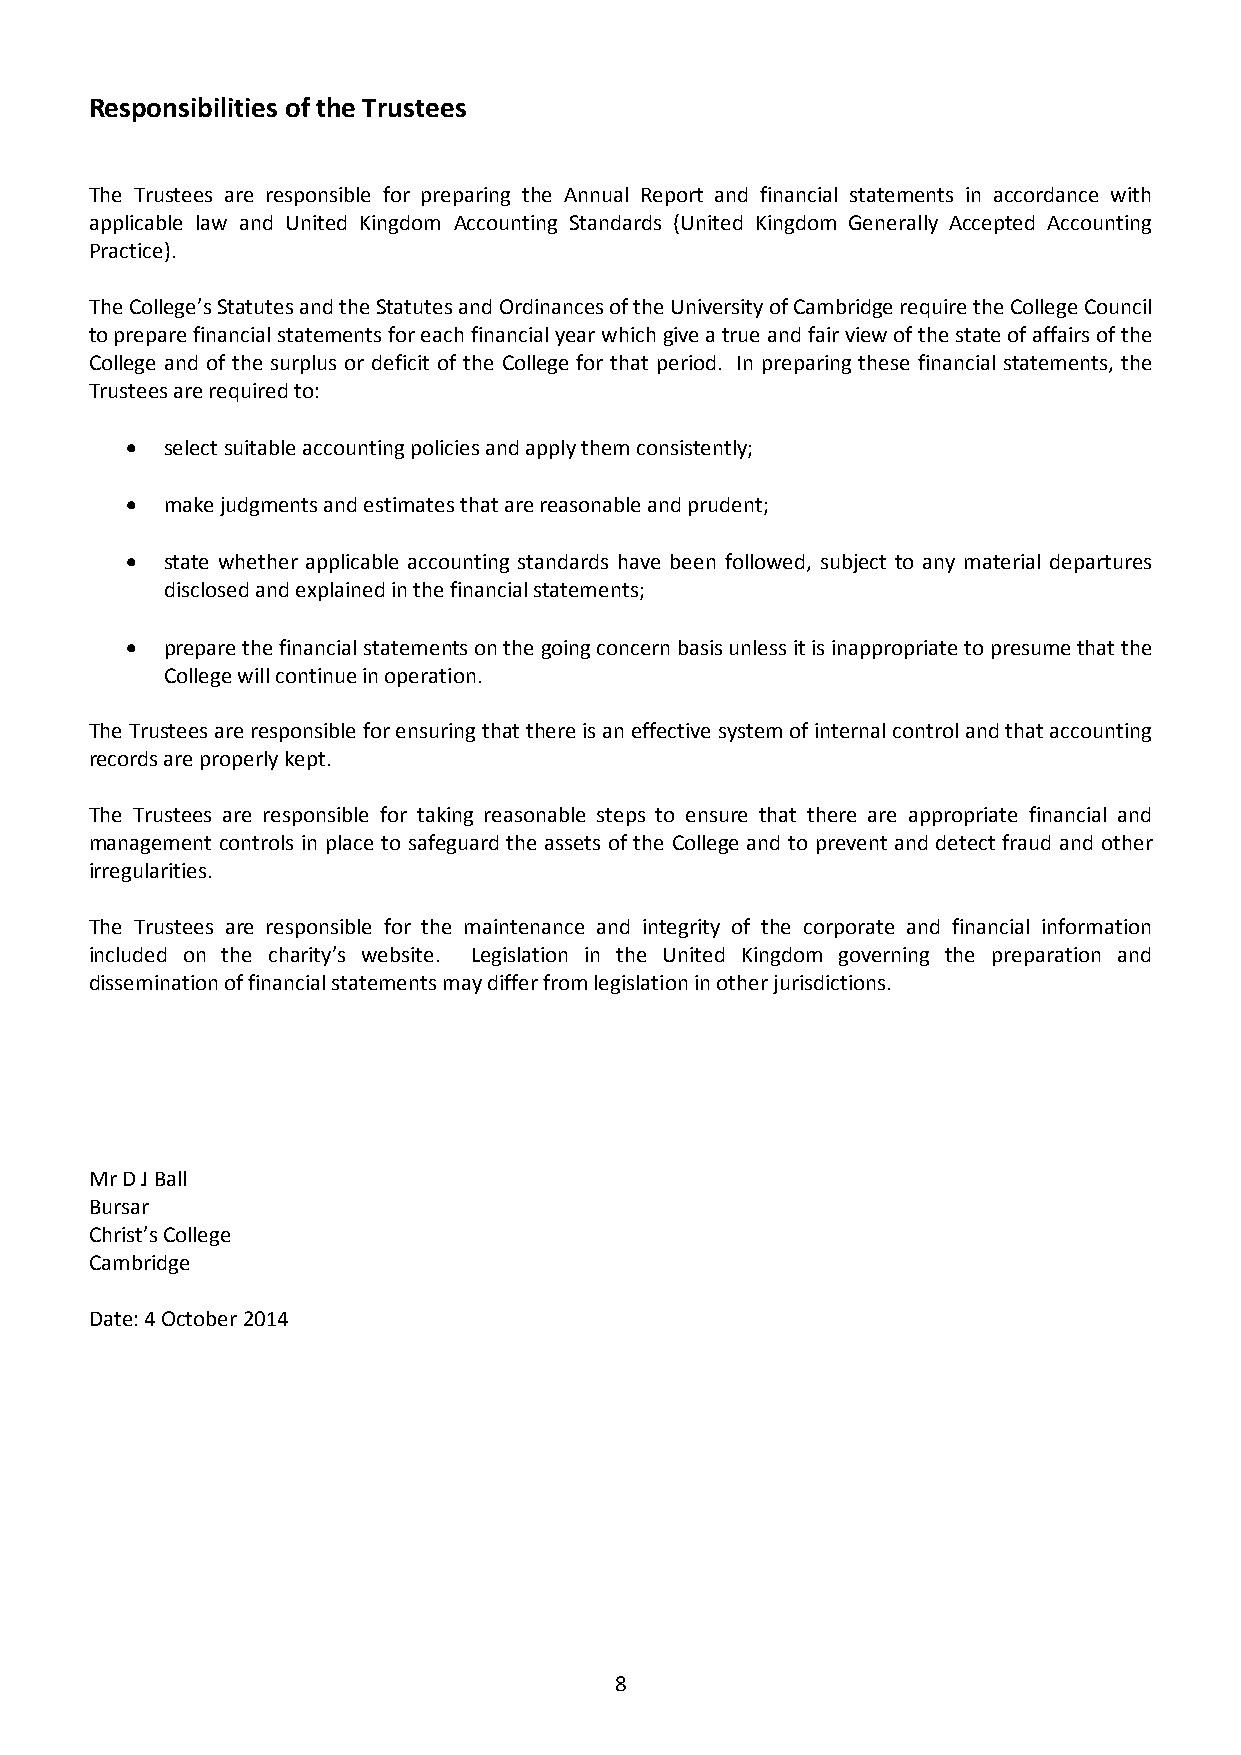
Responsibilities of the Trustees
 The Trustees are responsible for preparing the Annual Report and financial statements in accordance with
 applicable law and United Kingdom Accounting Standards (United Kingdom Generally Accepted Accounting
 Practice).
 The College’s Statutes and the Statutes and Ordinances of the University of Cambridge require the College Council
 to prepare financial statements for each financial year which give a true and fair view of the state of affairs of the
 College and of the surplus or deficit of the College for that period. In preparing these financial statements, the
 Trustees are required to:
 •  select suitable accounting policies and apply them consistently;
 •  make judgments and estimates that are reasonable and prudent;
 •  state whether applicable accounting standards have been followed, subject to any material departures
 disclosed and explained in the financial statements;
 •  prepare the financial statements on the going concern basis unless it is inappropriate to presume that the
 College will continue in operation.
 The Trustees are responsible for ensuring that there is an effective system of internal control and that accounting
 records are properly kept.
 The Trustees are responsible for taking reasonable steps to ensure that there are appropriate financial and
 management controls in place to safeguard the assets of the College and to prevent and detect fraud and other
 irregularities.
 The Trustees are responsible for the maintenance and integrity of the corporate and financial information
 included on the charity’s website. Legislation in the United Kingdom governing the preparation and
 dissemination of financial statements may differ from legislation in other jurisdictions.
 Mr D J Ball
 Bursar
 Christ’s College
 Cambridge
 Date: 4 October 2014
 8